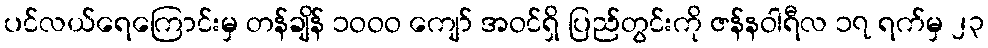
ပင်လယ်ရေကြောင်းမှ တန်ချိန် ၁ဝဝဝ ကျော် အဝင်ရှိ ပြည်တွင်းကို ဇန်နဝါရီလ ၁၇ ရက်မှ ၂၃